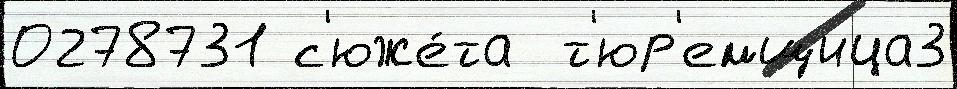
0278731 с'юже́та  т'юр'емщица3